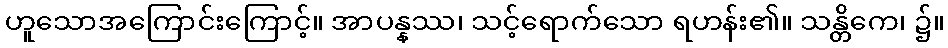
ဟူသောအကြောင်းကြောင့်။ အာပန္နဿ၊ သင့်ရောက်သော ရဟန်း၏။ သန္တိကေ၊ ၌။